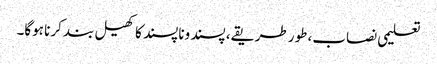
تعلیمی نصاب، طور طریقے، پسند وناپسند کا کھیل بند کرنا ہوگا۔